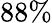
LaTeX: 88\%